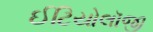
ઈટિયોલૉજી